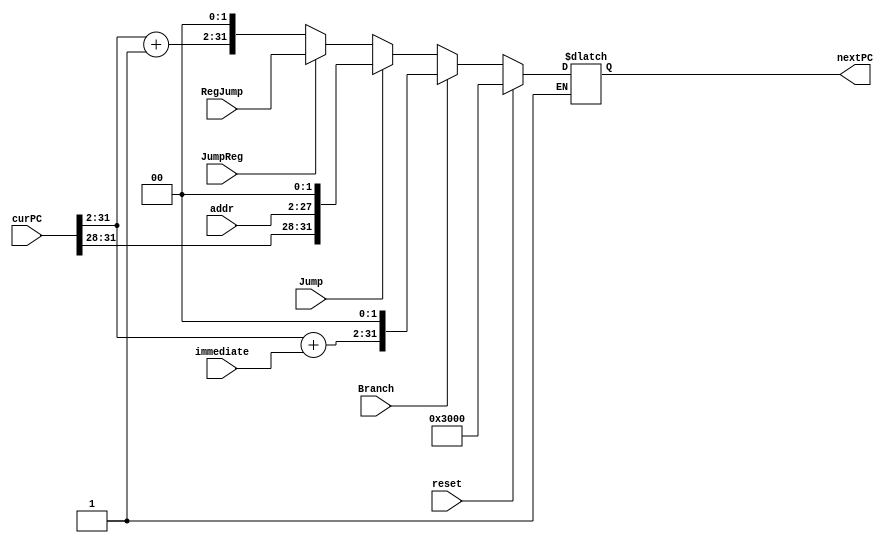
module NPC(
    input reset,                //是否重置地址。0-初始化PC，否则接受新地址
    input Branch,
    input Jump,
    input JumpReg,
    input [31:0] RegJump,
    input [15:0] immediate,
    input [25:0] addr,
    input [31:0] curPC,      //当前指令的地址
    output reg [31:0] nextPC        //新指令地址
);

    initial begin
        nextPC <= 32'h0000_3000;
    end

    always@(*) begin//取下一个地址或清零
        if(reset) begin// reset == 0, PC = 0
            nextPC <= 32'h0000_3000;
        end
        else begin
            if (Branch) begin
                nextPC <= {$signed(curPC[31:2]) + $signed(immediate), 2'b00};
            end                              
            else if (Jump) begin
                nextPC <= {curPC[31:28], addr, 2'b00};
            end
            else if (~JumpReg) begin
                nextPC <= {curPC[31:2] + 1, 2'b00};
            end
            else if (JumpReg) begin
               nextPC <= RegJump; 
            end
        end
    end

endmodule